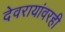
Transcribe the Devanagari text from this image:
देवरायांवरही